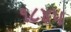
૧૮૪પ